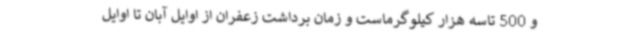
و 500 تاسه هزار کیلوگرماست و زمان برداشت زعفران از اوایل آبان تا اوایل